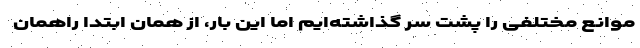
موانع مختلفی را پشت سر گذاشته‌ایم اما این بار، از همان ابتدا راهمان